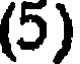
(5)